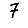
Digit: 7